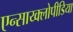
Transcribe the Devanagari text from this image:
एन्साय्क्लोपीडिया